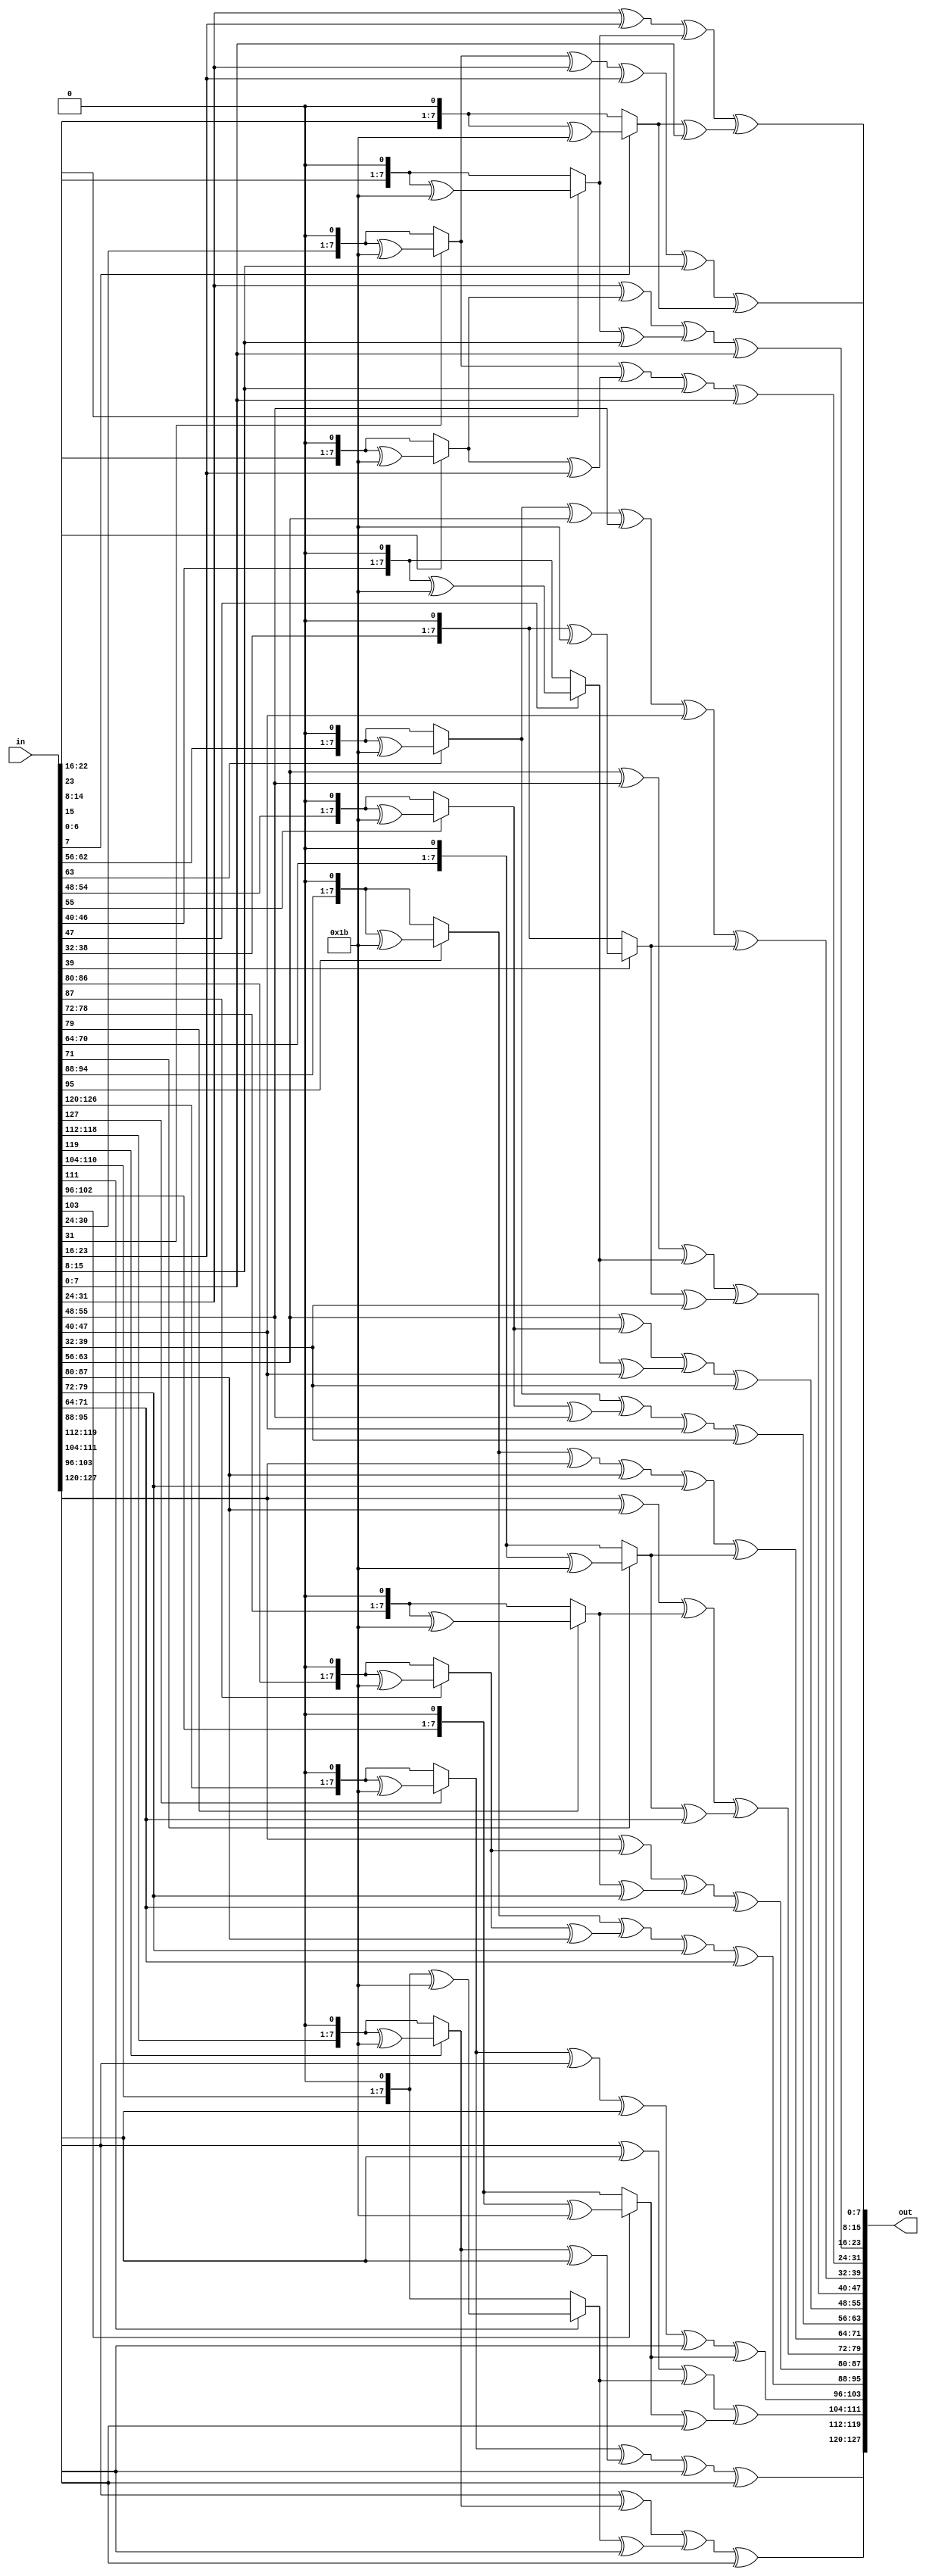
module MixColumns (input [127:0]in ,output [127:0]out);

function [7:0] multiply2 (input [7:0] input_byte);
    begin
            multiply2 = (input_byte[7] == 1) ? ((input_byte << 1) ^ 8'h1b) : (input_byte << 1);
        end
endfunction

function [7:0] multiply3(input[7:0] input_byte);
begin
    multiply3 = multiply2(input_byte) ^ input_byte;
end
endfunction

genvar i;
generate 
for(i = 0 ; i < 4 ; i = i +1) //for each column
    begin : Mix
      assign out[i*32+24 +:8] = multiply2(in[i*32+24 +: 8])^multiply3(in[i*32+16 +:8]) ^ in[i*32+8 +:8] ^ in[i*32 +:8];
      assign out[i*32+16 +:8] = in[i*32+24 +:8]^ multiply2(in[i*32+16 +:8])^multiply3(in[i*32+8 +:8])^in[i*32 +:8]; 
      assign out[i*32+8  +:8] = in[i*32+24 +:8]^in[i*32+16 +:8]^multiply2(in[i*32+8 +:8])^multiply3(in[i*32 +:8]);
      assign out[i*32    +:8] = multiply3(in[i*32+24 +:8])^ in[i*32+16 +:8]^in[i*32+8 +:8]^multiply2(in[i*32 +:8]);
    end
endgenerate 
endmodule